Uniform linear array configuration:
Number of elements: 32
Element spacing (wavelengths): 0.25
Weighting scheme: hamming
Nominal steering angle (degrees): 0
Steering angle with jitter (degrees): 0.3276
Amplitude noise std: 0.05
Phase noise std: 0.05

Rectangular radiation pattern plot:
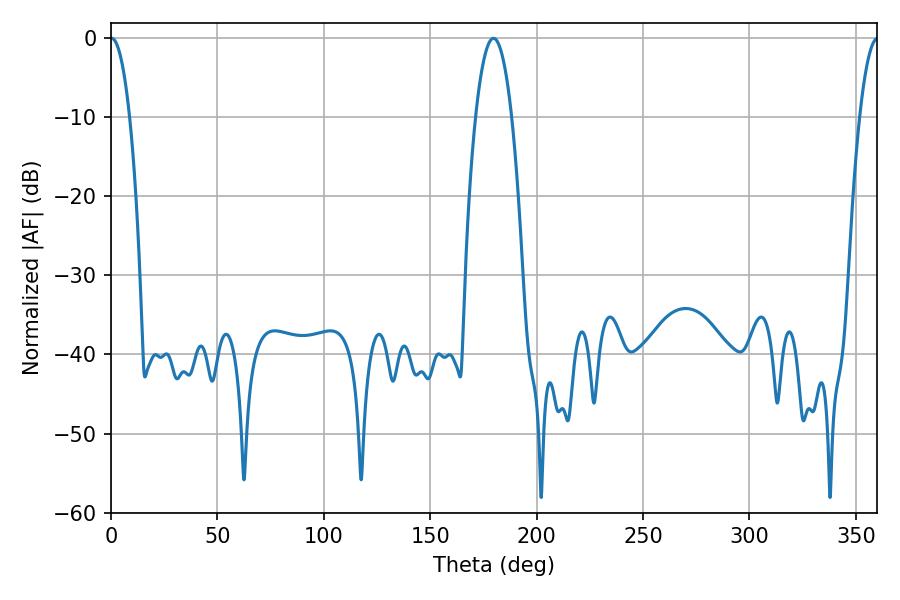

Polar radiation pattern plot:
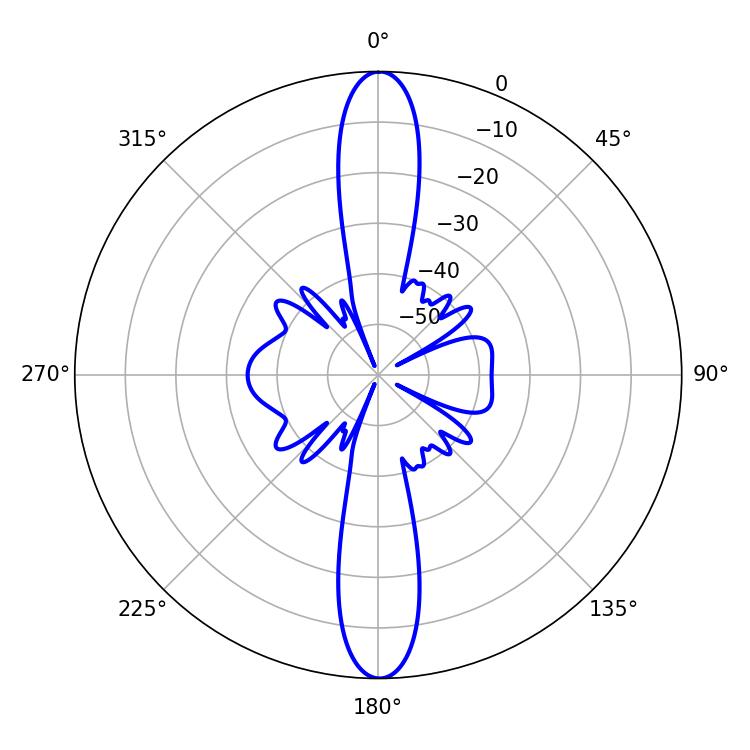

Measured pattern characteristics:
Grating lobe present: FALSE
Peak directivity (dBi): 31.577
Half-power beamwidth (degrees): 9.54
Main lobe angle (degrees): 179.64